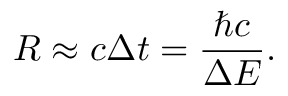
R \approx c \Delta t = \frac { \hbar c } { \Delta E } .